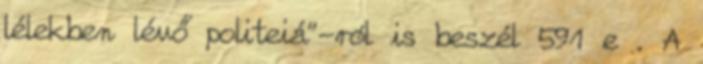
lélekben lévő politeiá”-ról is beszél 591 e . A